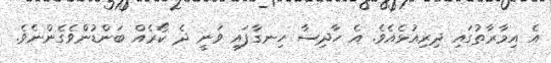
އެ އިމާރާތުގައި ދިރިއުޅެއެވެ. އެ ހާދިސާ ހިނގާފައި ވަނީ ދެ ކޯރެއް ބަންޑުންވެގެންނެވެ.